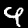
Label: 9